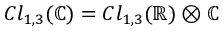
C l _ { 1 , 3 } ( \mathbb { C } ) = C l _ { 1 , 3 } ( \mathbb { R } ) \otimes \mathbb { C }